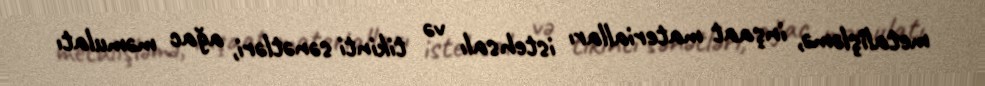
metalişləmə, inşaat materialları istehsalı və tikinti sənətləri, ağac məmulatı